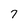
Character: 7